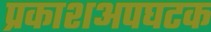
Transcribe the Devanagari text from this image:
प्रकाशअपघटक